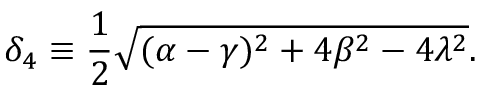
\delta _ { 4 } \equiv \frac { 1 } { 2 } \sqrt { ( \alpha - \gamma ) ^ { 2 } + 4 \beta ^ { 2 } - 4 \lambda ^ { 2 } } .